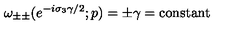
\omega _ { \pm \pm } ( e ^ { - i \sigma _ { 3 } \gamma / 2 } ; p ) = \pm \gamma = \mathrm { c o n s t a n t }